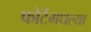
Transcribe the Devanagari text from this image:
फोर्टमधल्या